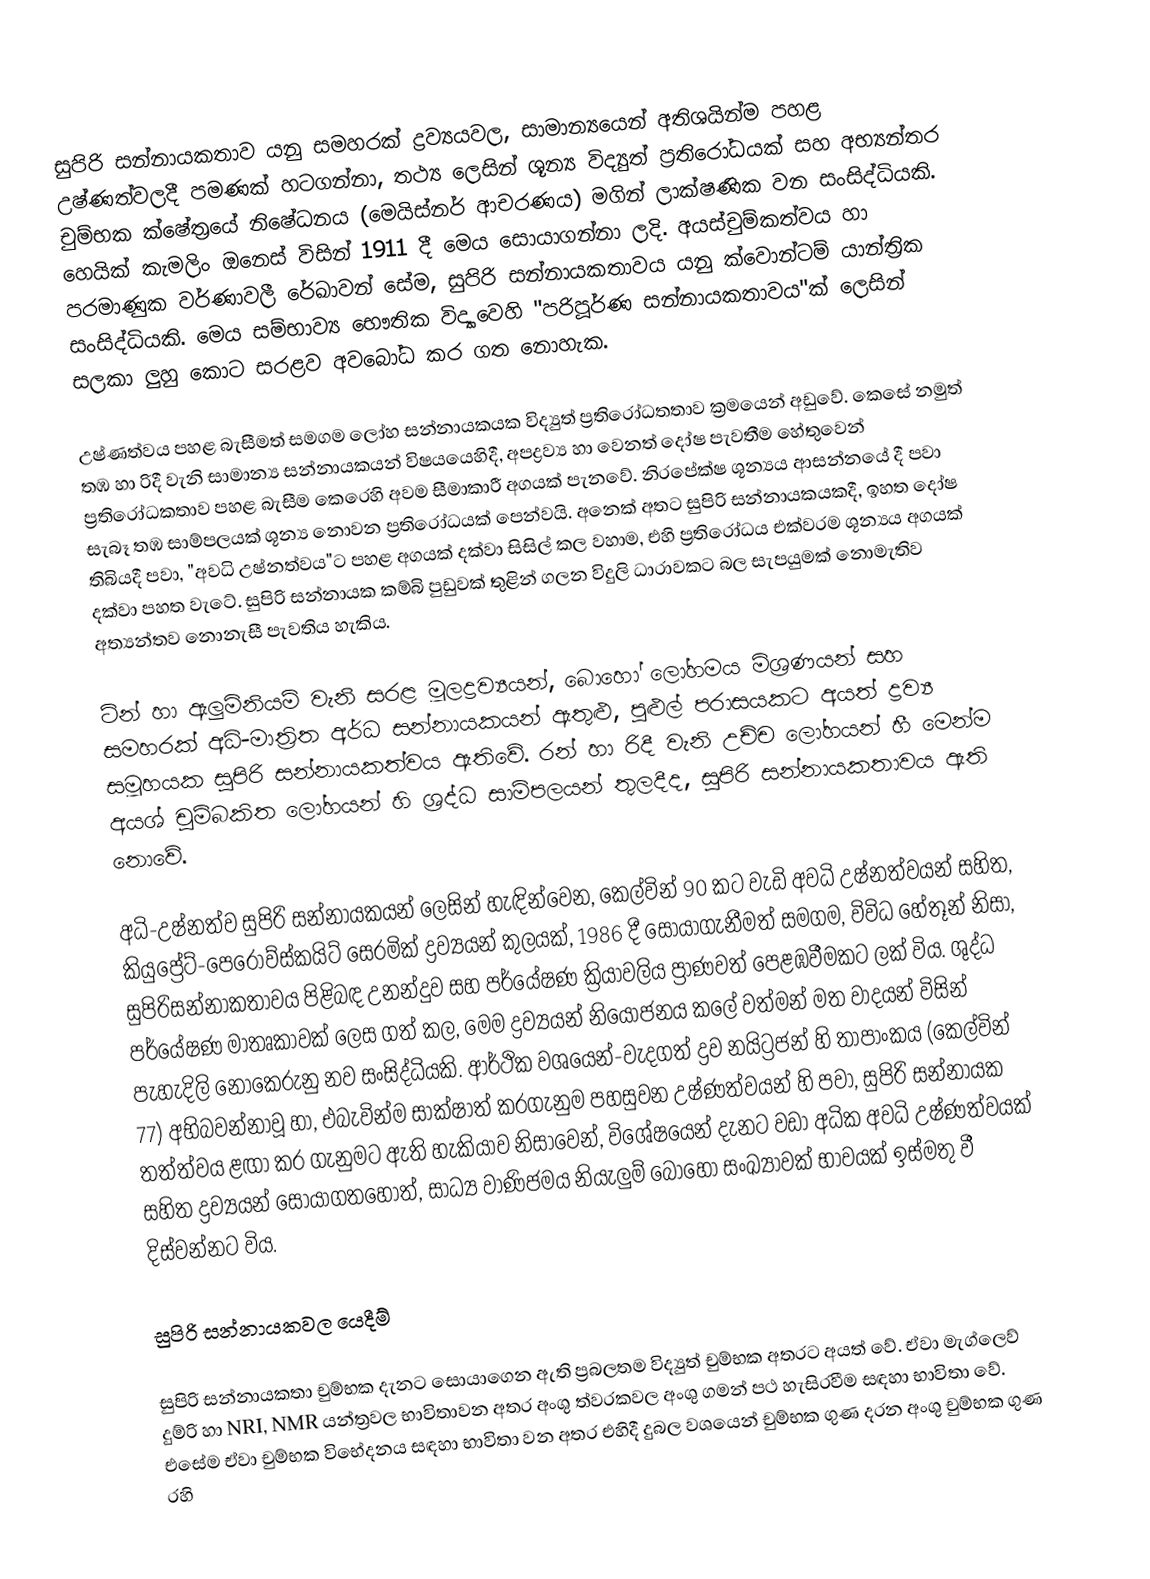
සුපිරි සන්නායකතාව යනු සමහරක් ද්‍රව්‍යයවල, සාමාන්‍යයෙන් අතිශයින්ම පහළ උෂ්ණත්වලදී පමණක් හටගන්නා, තථ්‍ය ලෙසින් ශූන්‍ය විද්‍යුත් ප්‍රතිරෝධයක් සහ අභ්‍යන්තර චුම්භක ක්ෂේත්‍රයේ නිෂේධනය (මෙයිස්නර් ආචරණය) මගින් ලාක්ෂණික වන සංසිද්ධියකි. හෙයික් කැමලිං ඔනෙස් විසින් 1911 දී මෙය සොයාගන්නා ලදි. අයස්චුම්කත්වය හා පරමාණුක වර්ණාවලී රේඛාවන් සේම, සුපිරි සන්නායකතාවය යනු ක්වොන්ටම් යාන්ත්‍රික සංසිද්ධියකි. මෙය සම්භාව්‍ය භෞතික විද්‍යාවෙහි "පරිපූර්ණ සන්නායකතාවය"ක් ලෙසින් සලකා ලුහු කොට සරළව අවබෝධ කර ගත නොහැක.

උෂ්ණත්වය පහළ බැසීමත් සමගම ලෝහ සන්නායකයක විද්‍යුත් ප්‍රතිරෝධතතාව ක්‍රමයෙන් අඩුවේ. කෙසේ නමුත් තඹ හා රිදී වැනි සාමාන්‍ය සන්නායකයන් විෂයයෙහිදී, අපද්‍රව්‍ය හා වෙනත් දෝෂ පැවතීම හේතුවෙන් ප්‍රතිරෝධකතාව පහළ බැසීම කෙරෙහි අවම සීමාකාරී අගයක් පැනවේ. නිරපේක්ෂ ශූන්‍යය ආසන්නයේ දී පවා සැබෑ තඹ සාම්පලයක් ශූන්‍ය නොවන ප්‍රතිරෝධයක් පෙන්වයි. අනෙක් අතට සුපිරි සන්නායකයකදී, ඉහත දෝෂ තිබියදී පවා, "අවධි උෂ්නත්වය"ට පහළ අගයක් දක්වා සිසිල් කල වහාම, එහි ප්‍රතිරෝධය එක්වරම ශූන්‍යය අගයක් දක්වා පහත වැ‍ටේ. සුපිරි සන්නායක කම්බි පුඩුවක් තුළින් ගලන විදුලි ධාරාවකට බල සැපයුමක් නොමැතිව අත්‍යන්තව නොනැසී පැවතිය හැකිය.

ටින් හා ඇලුමිනියම් වැනි සරළ මූලද්‍රව්‍යයන්, බොහෝ ලෝහමය මිශ්‍රණයන් සහ සමහරක් අධි-මාත්‍රිත අර්ධ සන්නායකයන් ඇතුළු, පුළුල් පරාසයකට අයත් ද්‍රව්‍ය සමූහයක සුපිරි සන්නායකත්වය ඇතිවේ. රන් හා රිදී වැනි උච්ච ලෝහයන් හී මෙන්ම අයශ් චුම්බකිත ලෝහයන් හි ශ්‍රද්ධ සාම්පලයන් තුලදීද, සුපිරි සන්නායකතාවය ඇති නොවේ.

අධි-උෂ්නත්ව සුපිරි සන්නායකයන් ලෙසින් හැඳින්වෙන, කෙල්වින් 90 කට වැඩි අවධි උෂ්නත්වයන් සහිත, කියුප්‍රේට්-පෙරොව්ස්කයිට් සෙරමික් ද්‍රව්‍යයන් කුලයක්, 1986 දී සොයාගැනීමත් සමගම, විවිධ හේතූන් නිසා, සුපිරිසන්නාකතාවය පිළිබඳ උනන්දුව සහ පර්යේෂණ ක්‍රියාවලිය ප්‍රාණවත් පෙළඹවීමකට ලක් විය. ශුද්ධ පර්යේෂණ මාතෘකාවක් ලෙස ගත් කල, මෙම ද්‍රව්‍යයන් නියෝජනය කලේ වත්මන් මත වාදයන් විසින් පැහැදිලි නොකෙරුනු නව සංසිද්ධියකි. ආර්ථික වශයෙන්-වැදගත් ද්‍රව නයිට්‍රජන් හි තාපාංකය (කෙල්වින් 77) අභිබවන්නාවූ හා, එබැවින්ම සාක්ෂාත් කරගැනුම පහසුවන උෂ්ණත්වයන් හි පවා, සුපිරි සන්නායක තත්ත්වය ළඟා කර ගැනුමට ඇති හැකියාව නිසාවෙන්, විශේෂයෙන් දැනට වඩා අධික අවධි උෂ්ණත්වයක් සහිත ද්‍රව්‍යයන් සොයාගතහොත්, සාධ්‍ය වාණිජමය නියැලුම් බොහෝ සංඛ්‍යාවක් භාවයක් ඉස්මතු වී දිස්වන්නට විය.

සුපිරි සන්නායකවල යෙදීම්

සුපිරි සන්නායකතා චුම්භක දැනට සොයාගෙන ඇති ප්‍රබලතම  විද්‍යුත් චුම්භක අතරට අයත් වේ. ඒවා මැග්ලෙව් දුම්රි හා  NRI, NMR යන්ත්‍රවල භාවිතා‍වන අතර අංශු ත්වරකවල අංශු ගමන් පථ හැසිරවීම සඳහා භාවිත‍ා වේ. එසේම ඒවා චුම්භක විභේදනය සඳහා භාවිතා වන අතර එහිදී දුබල වශයෙන් චුම්භක ගුණ දරන අංශු චුම්භක ගුණ රහි